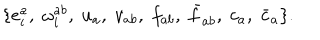
\{ e _ { i } ^ { a } , \; \omega _ { i } ^ { a b } , \; u _ { a } , \; v _ { a b } , \; f _ { a b } , \; \bar { f } _ { a b } , \; c _ { a } , \; \bar { c } _ { a } \} .